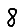
Digit: 8